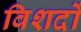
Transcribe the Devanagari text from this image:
विशदों